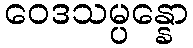
ဝေဒသမ္ပန္နော